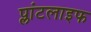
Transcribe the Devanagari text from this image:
प्लांटलाइफ